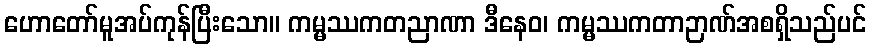
ဟောတော်မူအပ်ကုန်ပြီးသော။ ကမ္မဿကတညာဏာ ဒီနေဝ၊ ကမ္မဿကတာဉာဏ်အစရှိသည်ပင်